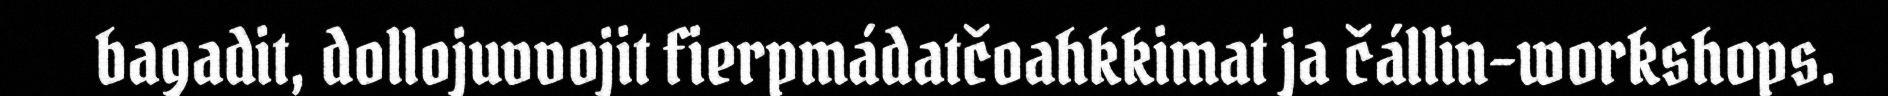
bagadit, dollojuvvojit fierpmádatčoahkkimat ja čállin-workshops.